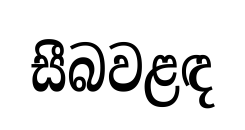
සීබවළඳ